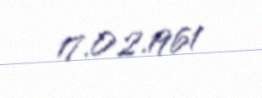
17.02.1961